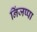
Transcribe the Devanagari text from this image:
निंजप्पा